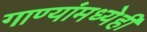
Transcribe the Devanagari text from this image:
गाण्यांमध्येही